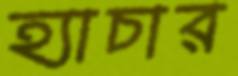
হ্যাচার